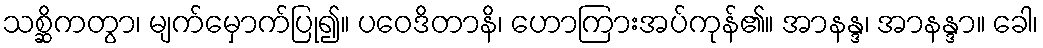
သစ္ဆိကတွာ၊ မျက်မှောက်ပြု၍။ ပဝေဒိတာနိ၊ ဟောကြားအပ်ကုန်၏။ အာနန္ဒ၊ အာနန္ဒာ။ ခေါ၊